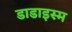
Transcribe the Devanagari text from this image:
डाडाइस्म